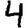
Digit: 4